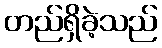
တည်ရှိခဲ့သည်